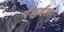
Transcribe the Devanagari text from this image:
ऐश्वर्यला